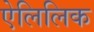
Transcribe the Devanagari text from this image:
ऐलिलिक